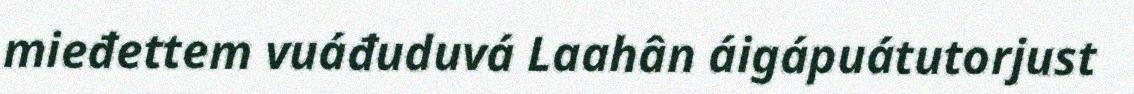
mieđettem vuáđuduvá Laahân áigápuátutorjust